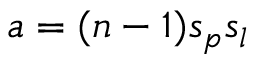
a = ( n - 1 ) s _ { p } s _ { l }